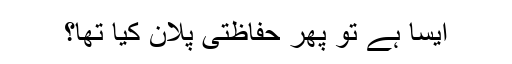
ایسا ہے تو پھر حفاظتی پلان کیا تھا؟